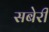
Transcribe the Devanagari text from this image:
सबेरी